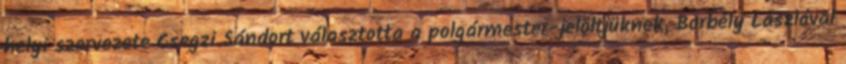
helyi szervezete Csegzi Sándort választotta a polgármester-jelöltjüknek, Borbély Lászlóval